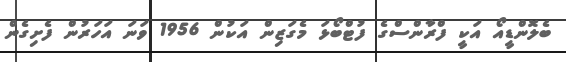
ބެލޮންޑީއޯ އަކީ ފްރާންސްގެ ފުޓްބޯޅަ މެގަޒިން އަކުން 1956 ވަނަ އަހަރުން ފެށިގެން